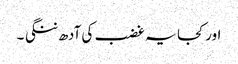
اور کجا یہ غضب کی آدھ ننگی ۔